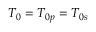
T _ { 0 } = T _ { 0 p } = T _ { 0 s }